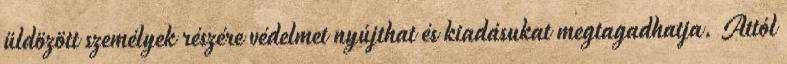
üldözött személyek részére védelmet nyújthat és kiadásukat megtagadhatja. Attól